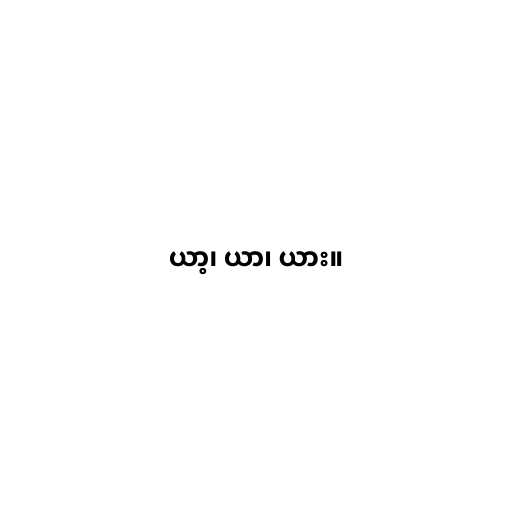
ယာ့၊ ယာ၊ ယား။